Plague in India, 1896, 1897 - Volume 2
Year: 1896
Disease focus: Plague
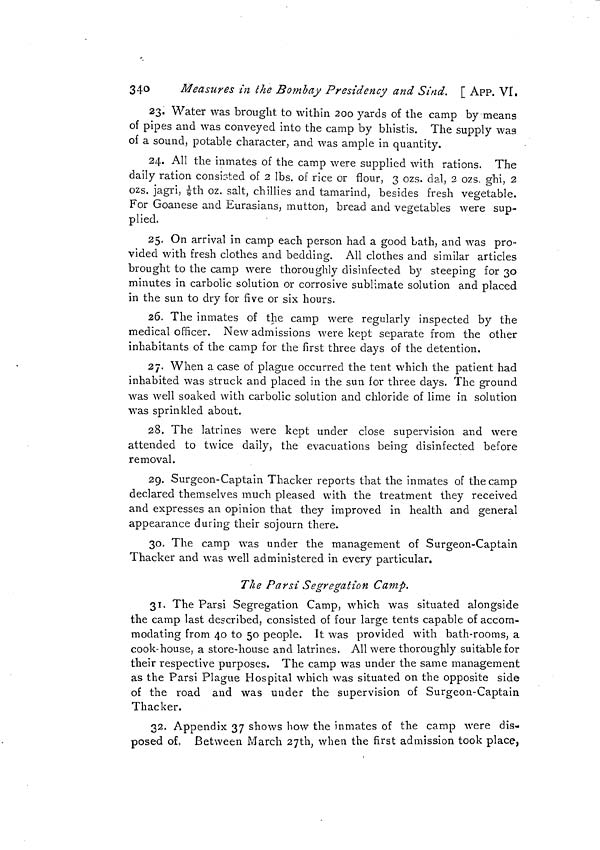
340
Measures -in ¿he Bombay Presidency and Sind. [ APP. VI.
23. Water was brought to within 200 yards of the camp by means
of pipes and was conveyed into the camp by bhistis. The supply was
of a sound, potable character, and was ample in quantity.
24. All the inmates of the camp were supplied with rations. The
daily ration consisted of 2 lbs. of rice or flour, 3 ozs. dal, 2 ozs. ghi, 2
ozs. jagri, 1/8th oz. salt, chillies and tamarind, besides fresh vegetable.
For Goanese and Eurasians, mutton, bread and vegetables were sup-
plied.
25. On arrival in camp each person had a good bath, and was pro-
vided with fresh clothes and bedding. All clothes and similar articles
brought to the camp were thoroughly disinfected by steeping for 30
minutes in carbolic solution or corrosive sublimate solution and placed
in the sun to dry for five or six hours.
26. The inmates of the camp were regularly inspected by the
medical officer. New admissions were kept separate from the other
inhabitants of the camp for the first three days of the detention.
27. When a case of plague occurred the tent which the patient had
inhabited was struck and placed in the sun for three days. The ground
was well soaked with carbolic solution and chloride of lime in solution
was sprinkled about.
28. The latrines were kept under close supervision and were
attended to twice daily, the evacuations being disinfected before
removal.
29. Surgeon-Captain Thacker reports that the inmates of the camp
declared themselves much pleased with the treatment they received
and expresses an opinion that they improved in health and general
appearance during their sojourn there.
30. The camp was under the management of Surgeon-Captain
Thacker and was well administered in every particular.
Tli e Par si Segregation Camp.
31. The Parsi Segregation Camp, which was situated alongside
the camp last described, consisted of four large tents capable of accom-
modating from 40 to 50 people. It was provided with bath-rooms, a
cook-house, a store-house and latrines. All were thoroughly suitable for
their respective purposes. The camp was under the same management
as the Parsi Plague Hospital which was situated on the opposite side
of the road and was under the supervision of Surgeon-Captain
Thacker.
32. Appendix 37 shows how the inmates of the camp were dis-
posed of, Between March 27th, when the first admission took place,